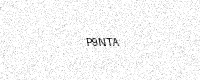
Text: P9NTA